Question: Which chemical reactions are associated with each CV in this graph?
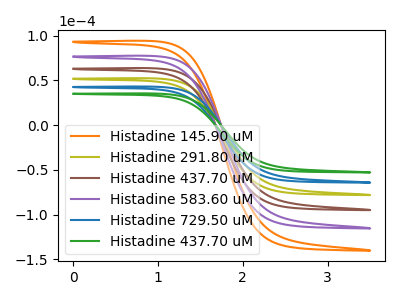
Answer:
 <answer>The orange curve is labeled "Histadine 145.90 uM". The olive curve is labeled "Histadine 291.80 uM". The brown curve is labeled "Histadine 437.70 uM". The purple curve is labeled "Histadine 583.60 uM". The blue curve is labeled "Histadine 729.50 uM". The green curve is labeled "Histadine 437.70 uM".</answer>
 <eval></eval>